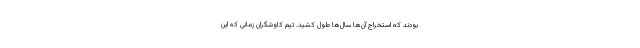
بودند که استخراج آن‌ها سال‌ها طول کشید. تیم کاوشگران زمانی که این